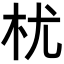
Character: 𣏞